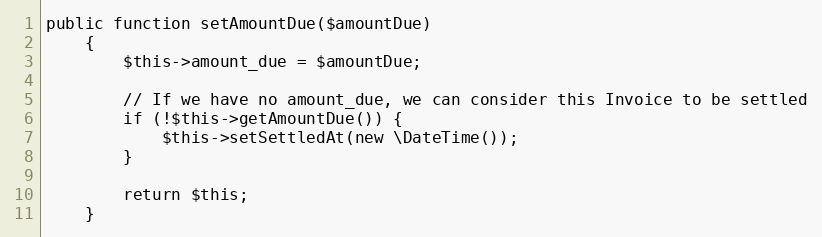
Language: PHP
public function setAmountDue($amountDue)
    {
        $this->amount_due = $amountDue;

        // If we have no amount_due, we can consider this Invoice to be settled
        if (!$this->getAmountDue()) {
            $this->setSettledAt(new \DateTime());
        }

        return $this;
    }